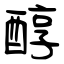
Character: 醇